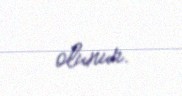
olunur.